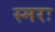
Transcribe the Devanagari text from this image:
स्मरः